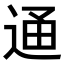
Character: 𨓥